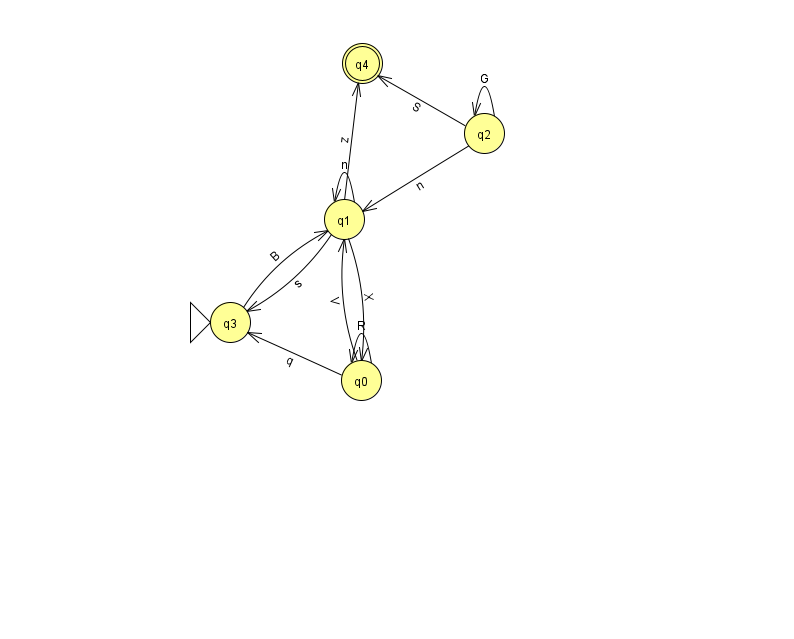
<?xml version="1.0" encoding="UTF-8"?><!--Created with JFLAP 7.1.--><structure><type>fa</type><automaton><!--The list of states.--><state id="0" name="q0"><x>361.0</x><y>367.0</y></state><state id="1" name="q1"><x>344.0</x><y>206.0</y></state><state id="2" name="q2"><x>484.0</x><y>120.0</y></state><state id="3" name="q3"><x>230.0</x><y>309.0</y><initial/></state><state id="4" name="q4"><x>362.0</x><y>50.0</y><final/></state><!--The list of transitions.--><transition><from>2</from><to>1</to><read>n</read></transition><transition><from>0</from><to>0</to><read>R</read></transition><transition><from>1</from><to>0</to><read>X</read></transition><transition><from>1</from><to>3</to><read>s</read></transition><transition><from>2</from><to>2</to><read>G</read></transition><transition><from>3</from><to>1</to><read>B</read></transition><transition><from>0</from><to>1</to><read>V</read></transition><transition><from>2</from><to>4</to><read>S</read></transition><transition><from>0</from><to>3</to><read>q</read></transition><transition><from>1</from><to>1</to><read>n</read></transition><transition><from>1</from><to>4</to><read>z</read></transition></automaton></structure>